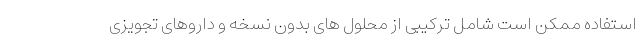
استفاده ممکن است شامل ترکیبی از محلول های بدون نسخه و داروهای تجویزی